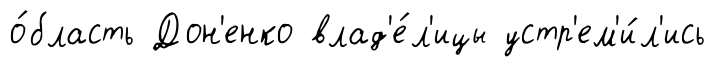
о́бласть Дон'енко влад'е́л'ицы устр'ем'и́л'ись